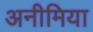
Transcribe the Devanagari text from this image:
अनीमिया